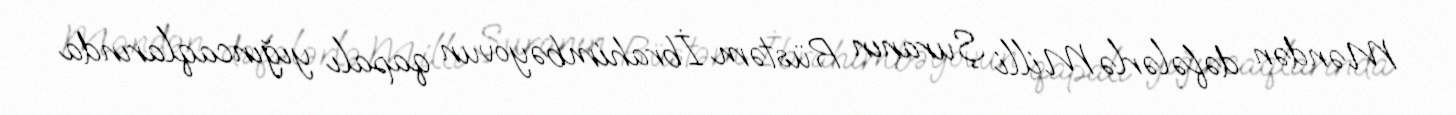
Məndən dəfələrlə Milli Şuranın Rüstəm İbrahimbəyovun qapalı yığıncaqlarında